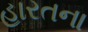
હારતના